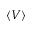
\langle V \rangle